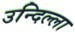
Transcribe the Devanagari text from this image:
उन्दिल्ला